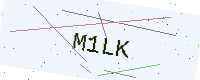
Text: M1LK